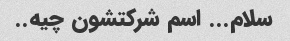
سلام... اسم شرکتشون چیه..